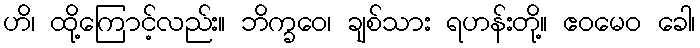
ဟိ၊ ထို့ကြောင့်လည်း။ ဘိက္ခဝေ၊ ချစ်သား ရဟန်းတို့။ ဧဝမေဝ ခေါ၊